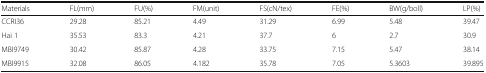
<table><thead><tr><td><b>Materials</b></td><td><b>FL(mm)</b></td><td><b>FU(%)</b></td><td><b>FM(unit)</b></td><td><b>FS(cN/tex)</b></td><td><b>FE(%)</b></td><td><b>BW(g/boll)</b></td><td><b>LP(%)</b></td></tr></thead><tbody><tr><td>CCRI36</td><td>29.28</td><td>85.21</td><td>4.49</td><td>31.29</td><td>6.99</td><td>5.48</td><td>39.47</td></tr><tr><td>Hai 1</td><td>35.53</td><td>83.3</td><td>4.21</td><td>37.7</td><td>6</td><td>2.7</td><td>30.9</td></tr><tr><td>MBI9749</td><td>30.42</td><td>85.87</td><td>4.28</td><td>33.75</td><td>7.15</td><td>5.47</td><td>38.14</td></tr><tr><td>MBI9915</td><td>32.08</td><td>86.05</td><td>4.182</td><td>35.78</td><td>7.05</td><td>5.3603</td><td>39.895</td></tr></tbody></table>